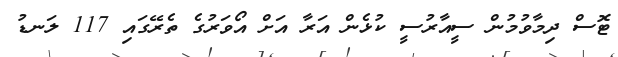
ޓޮސް ދިމާވުމުން ސީއާރުސީ ކުޅެން އަރާ އަށް އޯވަރުގެ ތެރޭގައި 117 ލަނޑު